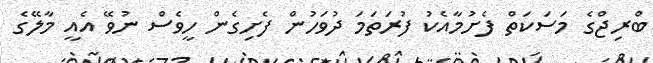
ބްރިޖްގެ މަސަކަތް ފެށުމާއެކު ފުރަތަމަ ދުވަހުން ފެށިގެން ހީވެސް ނުވޭ އެއީ މާލޭގެ